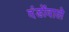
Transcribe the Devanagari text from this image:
दंडोंवाले